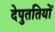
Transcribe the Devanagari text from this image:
देपुततियों